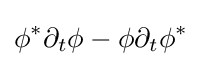
\phi ^{*}\partial _{t}\phi -\phi \partial _{t}\phi ^{*}